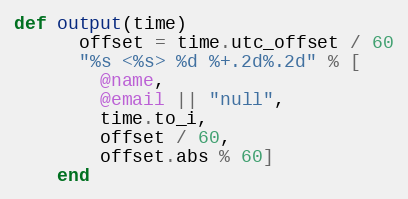
Language: Ruby
def output(time)
      offset = time.utc_offset / 60
      "%s <%s> %d %+.2d%.2d" % [
        @name,
        @email || "null",
        time.to_i,
        offset / 60,
        offset.abs % 60]
    end